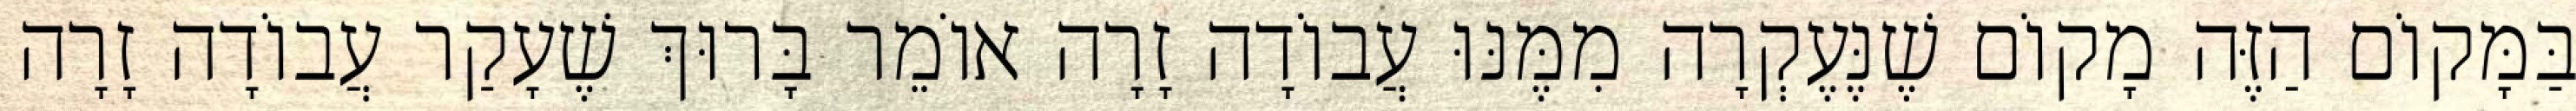
בַּמָּקוֹם הַזֶּה מָקוֹם שֶׁנֶּעֶקְרָה מִמֶּנּוּ עֲבוֹדָה זָרָה אוֹמֵר בָּרוּךְ שֶׁעָקַר עֲבוֹדָה זָרָה